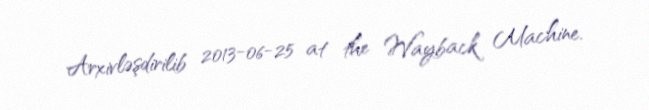
Arxivləşdirilib 2013-06-25 at the Wayback Machine.